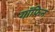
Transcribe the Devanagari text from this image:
गॉफिन